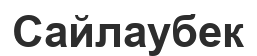
Сайлаубек